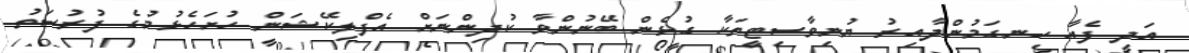
އަދި ފެއާ ހިނގަމުންދާއިރު ޔުނިވާސިޓީތަކާ ގުޅެން ބޭނުންވާ ކުދިންނަށް އެފްލިކޭޝަން ހުށަހެޅުމުގެ ފުރުސަތު